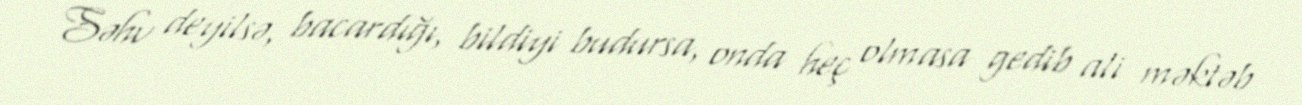
Səhv deyilsə, bacardığı, bildiyi budursa, onda heç olmasa gedib ali məktəb